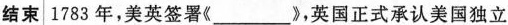
结束1783年，美英签署《___》，英国正式承认美国独立